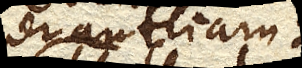
per antliam